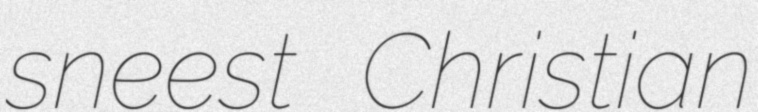
sneest Christian